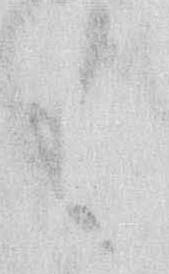
も